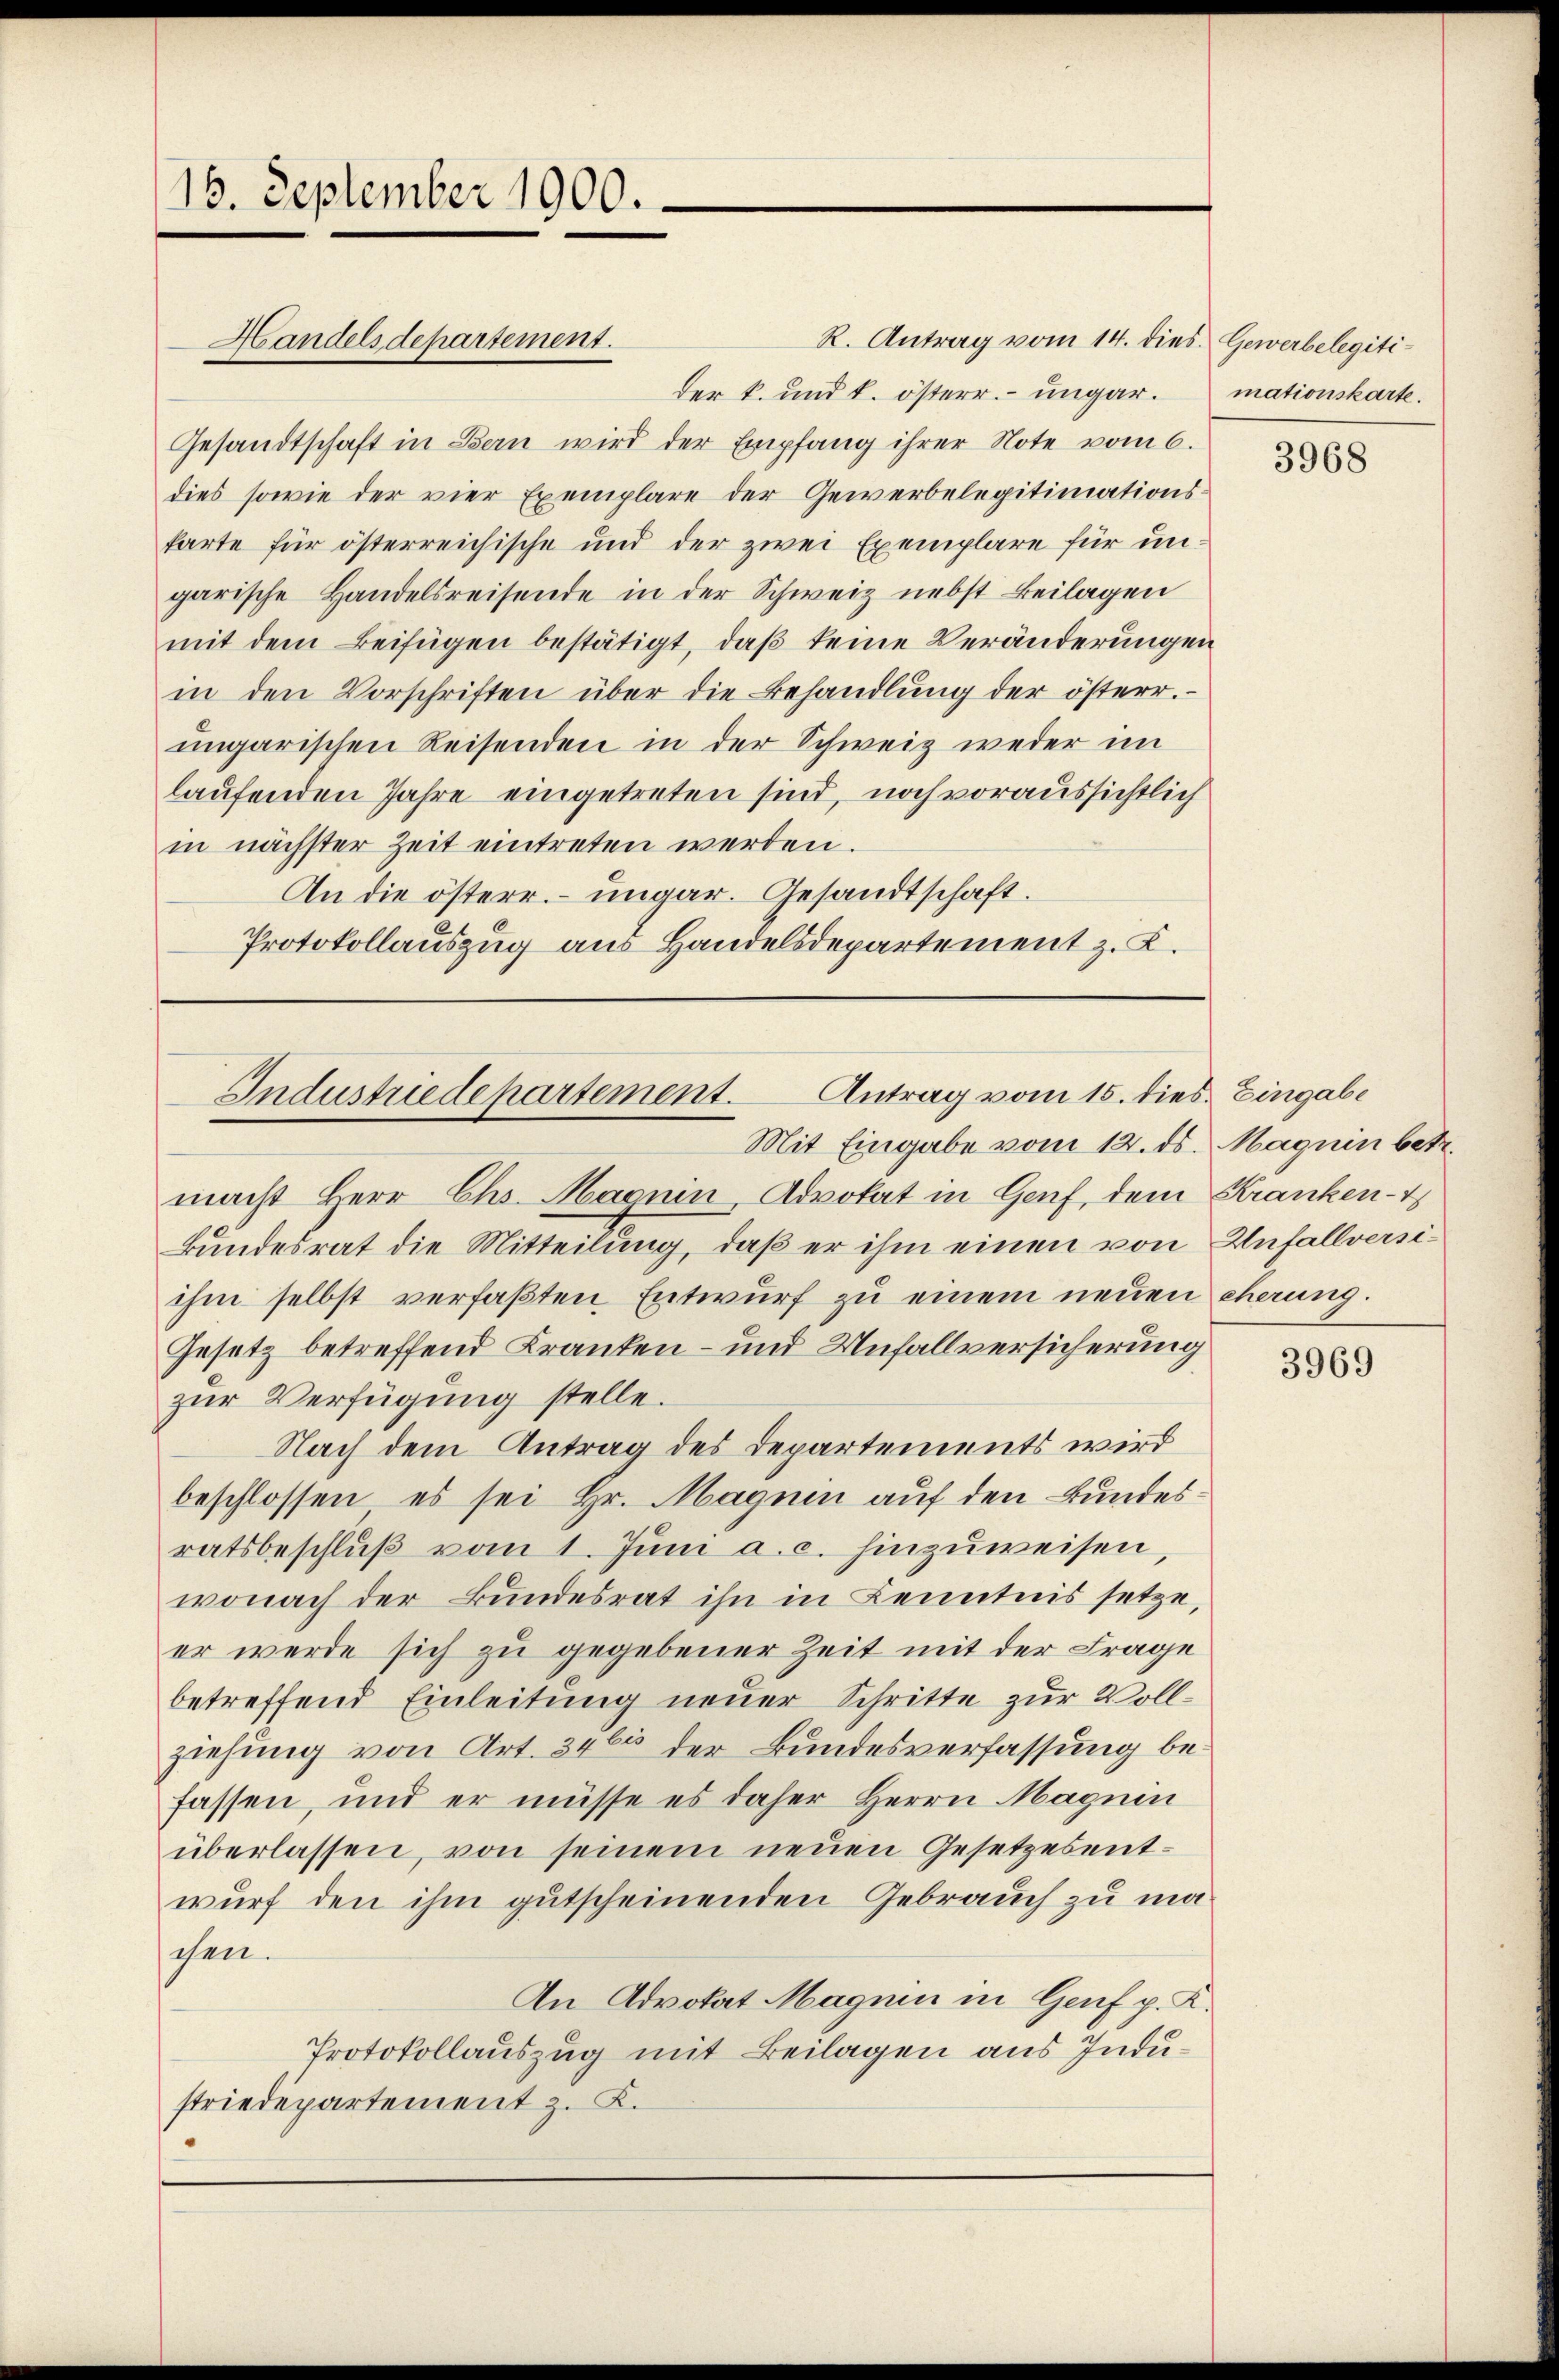
16. September 1900.

Gesandtschaft in Bern wird der Empfang ihrer Note vom 6.
dies sowie der vier Exemplare der Gewerbelegitimationskarte für österreichische und der zwei Exemplare für ungarische Handelsreisende in der Schweiz nebst Beilagen
mit dem Beifügen bestätigt, daß keine Veränderungen
in den Vorschriften über die Behandlŭng der österr.
ungarischen Reisenden in der Schweiz weder im
laufenden Jahre eingetreten sind, noch voraussichtlich
in nächster Zeit eintreten werden.
An die österr. ungar. Gesandtschaft.
Protokollauszug aus Handelsdepartement z. K.

Handelsdepartement.

Antrag vom 15. die
Industriedepartement.
Mit Eingabe vom 12. ds. Magnin betr.

R. Antrag vom 14. dies Gewerbelegitider k. und k. österr. ungar. mationskarte.

macht Herr Chs. Haguin, Advokat in Genf, dem Kranken-
Bundesrat die Mitteilung, daβ er ihm einen von Unfallversi-
ihm selbst verfaßten Entwurf zu einem neuen eherung.
Gesetz betreffend Kranken- und Unfallversicherung
zur Verfügung stelle.
Nach dem Antrag des Departements wird
beschlossen, es sei Hr. Magnen auf den Bundesratsbeschluß vom 1. Juni a. c. hinzuweisen,
wonach der Bundesrat ihn in Kenntnis setze,
er werde sich zu gegebener Zeit mit der Frage
betreffend Einleitung neuer Schritte zur Vollziehung von Art. 346 der Bundesverfassung befassen, und er müsse es daher Herrn Magnen
überlassen, von seinem neuen Gesetzesentwurf den ihm gutscheinenden Gebrauch zu machen.
An Advokat Magnin in Genf p. K.
Protokollauszug mit Beilagen aus Industriedepartement z. K.

3968

. Eingabe

3969